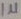
Text: 1µ